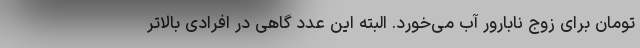
تومان برای زوج نابارور آب می‌خورد. البته این عدد گاهی در افرادی بالاتر